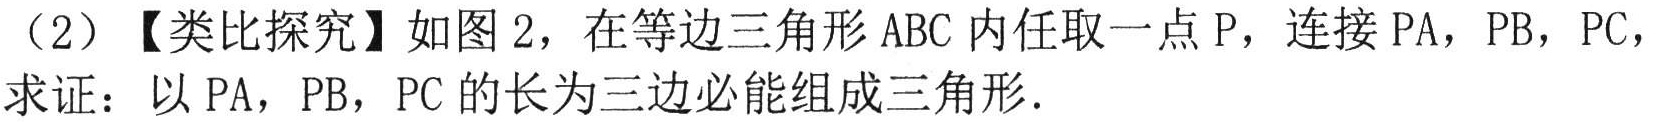
（2）【类比探究】如图 2，在等边三角形 \(ABC\) 内任取一点 \(P\)，连接 \(PA\)，\(PB\)，\(PC\)，

求证：以 \(PA\)，\(PB\)，\(PC\) 的长为三边必能组成三角形．